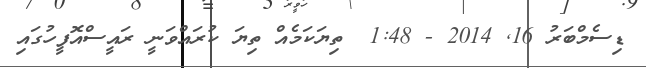
ޑިސެމްބަރު 16